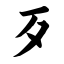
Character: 歹